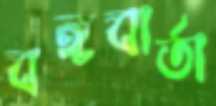
বঙ্গবার্তা